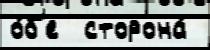
о́б'е  сторона́